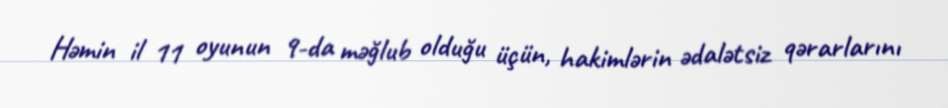
Həmin il 11 oyunun 9-da məğlub olduğu üçün, hakimlərin ədalətsiz qərarlarını